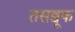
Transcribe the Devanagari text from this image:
तसव्वूफ